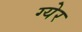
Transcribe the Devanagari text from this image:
ग्येर